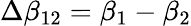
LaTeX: \Delta\beta_{12}=\beta_{1}-\beta_{2}